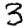
Digit: 3